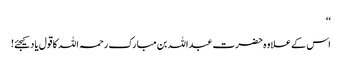
‘‘
اس کے علاوہ حضرت عبداللہ بن مبارک رحمہ اللہ کا قول یاد کیجئے!